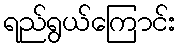
ရည်ရွယ်ကြောင်း